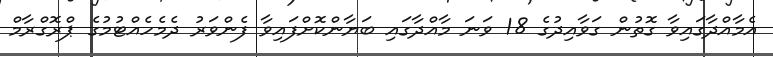
އެމާއްދާގައިވާ ގޮތުން ގަވާއިދުގެ 18 ވަނަ މާއްދާގައި ބަޔާންކޮށްފައިވާ ފެންވަރު ދެމެހެއްޓުމުގެ ޕްރޮގްރާމް